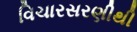
વિચારસરણીથી